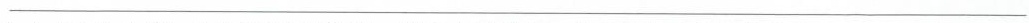
___